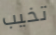
تخيب